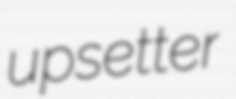
upsetter